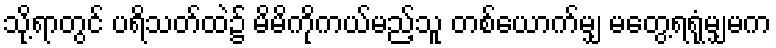
သို့ရာတွင် ပရိသတ်ထဲ၌ မိမိကိုကယ်မည့်သူ တစ်ယောက်မျှ မတွေ့ရရုံမျှမက